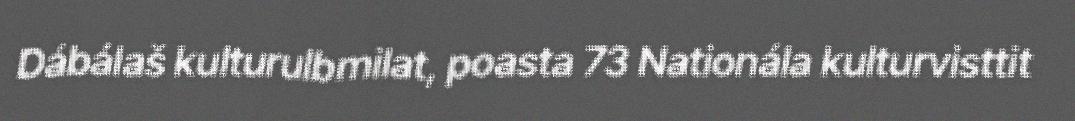
Dábálaš kulturulbmilat, poasta 73 Nationála kulturvisttit